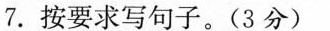
7.按要求写句子。(3分)